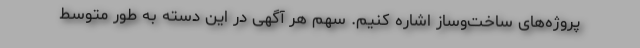
پروژه‌های ساخت‌وساز اشاره کنیم. سهم هر آگهی در این دسته به طور متوسط